65_HS1-834228961_62-HQ-83894_Section_4
Agency: FBI
Page 22
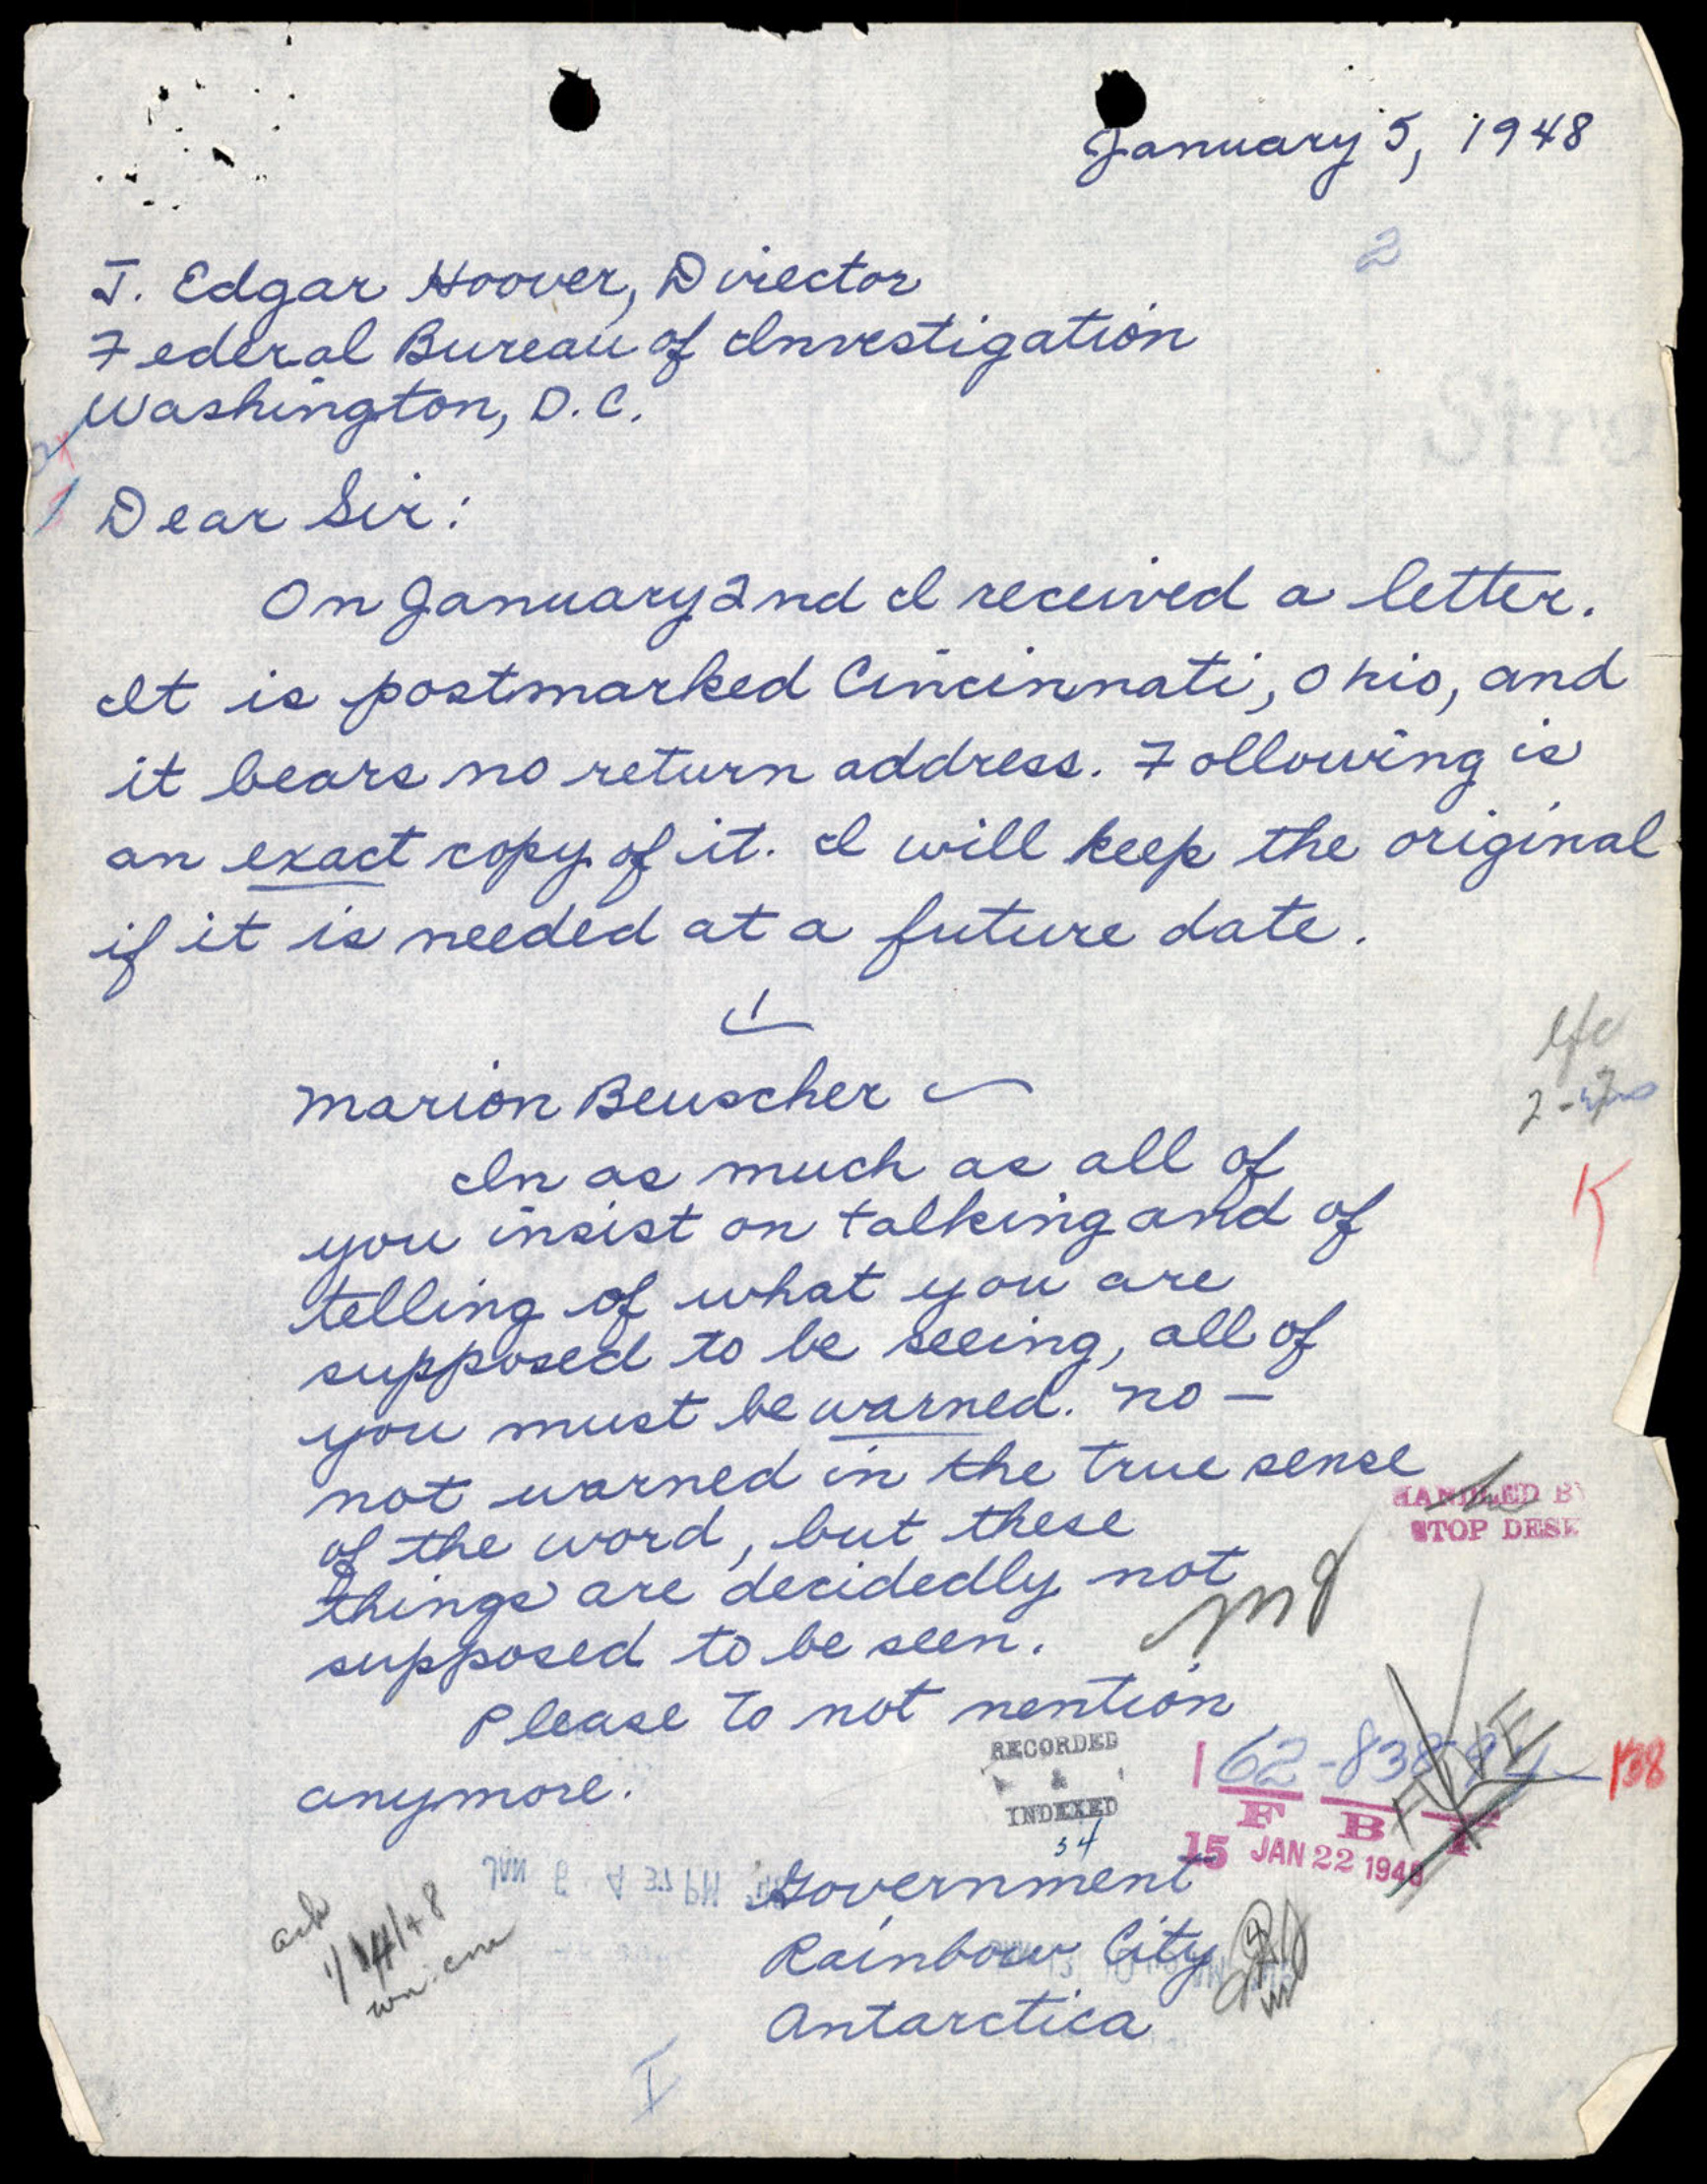